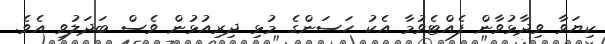
ކިޔަވާ ވިދާޅުވާން ފެއްޓެވުމާ އެކު ހަސަންގެ މުޅި ދިރިއުޅުން ވެސް ބަދަލުވި އެވެ.